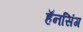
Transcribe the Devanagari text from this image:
हॅनसिंग